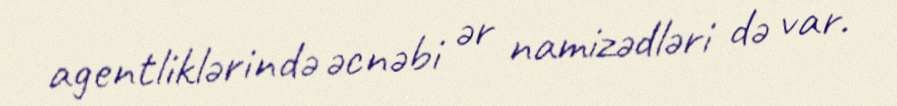
agentliklərində əcnəbi ər namizədləri də var.